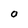
Character: o